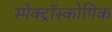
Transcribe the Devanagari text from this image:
स्पेक्ट्रॉस्कोपिक